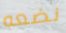
نضعه